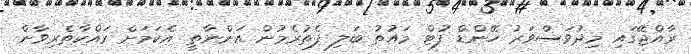
ރާއްޖޭގައި މިދުވަސްވަރު ހޭންޑް ފުޓް މައުތު ބަލި ފެތުރެމުން އަންނާތީ އެކަމަށް ރައްކާތެރިވާން